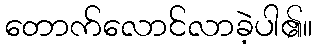
တောက်လောင်လာခဲ့ပါ၏။